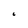
Character: 6